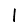
Digit: 1